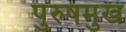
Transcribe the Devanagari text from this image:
पुरुषमुख